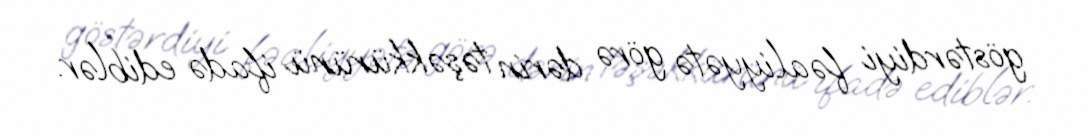
göstərdiyi fəaliyyətə görə dərin təşəkkürünü ifadə ediblər.